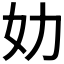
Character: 𰋶